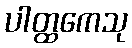
ပါတ္ထကေသု